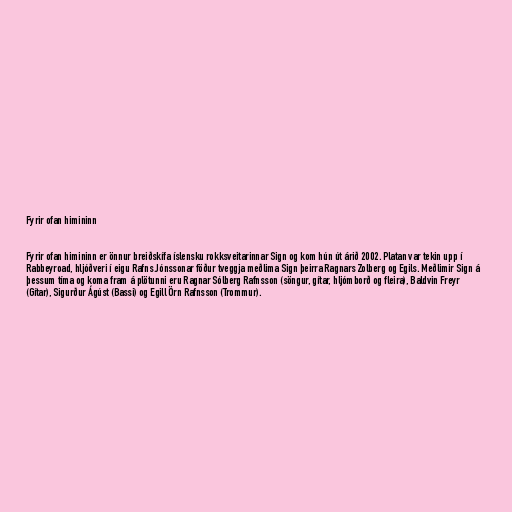
Fyrir ofan himininn

Fyrir ofan himininn er önnur breiðskífa íslensku rokksveitarinnar Sign og kom hún út árið 2002. Platan var tekin upp í
Rabbeyroad, hljóðveri í eigu Rafns Jónssonar föður tveggja meðlima Sign þeirra Ragnars Zolberg og Egils. Meðlimir Sign á
þessum tíma og koma fram á plötunni eru Ragnar Sólberg Rafnsson (söngur, gítar, hljómborð og fleira), Baldvin Freyr
(Gítar), Sigurður Ágúst (Bassi) og Egill Örn Rafnsson (Trommur).